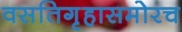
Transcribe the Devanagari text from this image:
वसतिगृहासमोरच